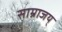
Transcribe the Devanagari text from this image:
साम्राजय्